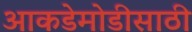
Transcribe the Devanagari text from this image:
आकडेमोडीसाठी